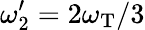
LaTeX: \omega_{2}^{\prime}=2\omega_{\mathrm{T}}/3